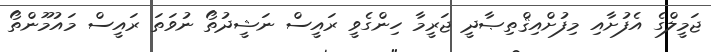
ޖަމީލްގެ އެފުށާއި މިފުށްއިޤްތިޞާދީ ޖަރީމާ ހިންގެވީ ރައީސް ނަޝީދުތޯ ނުވަތަ ރައީސް މައުމޫންތޯ